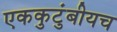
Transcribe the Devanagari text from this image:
एककुटुंबीयच